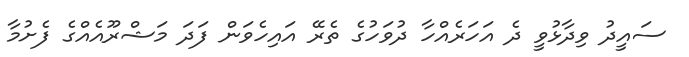
ސައީދު ވިދާޅުވީ ދެ އަހަރެއްހާ ދުވަހުގެ ތެރޭ އައިހެވަން ފަދަ މަޝްރޫއެއްގެ ފެށުމާ